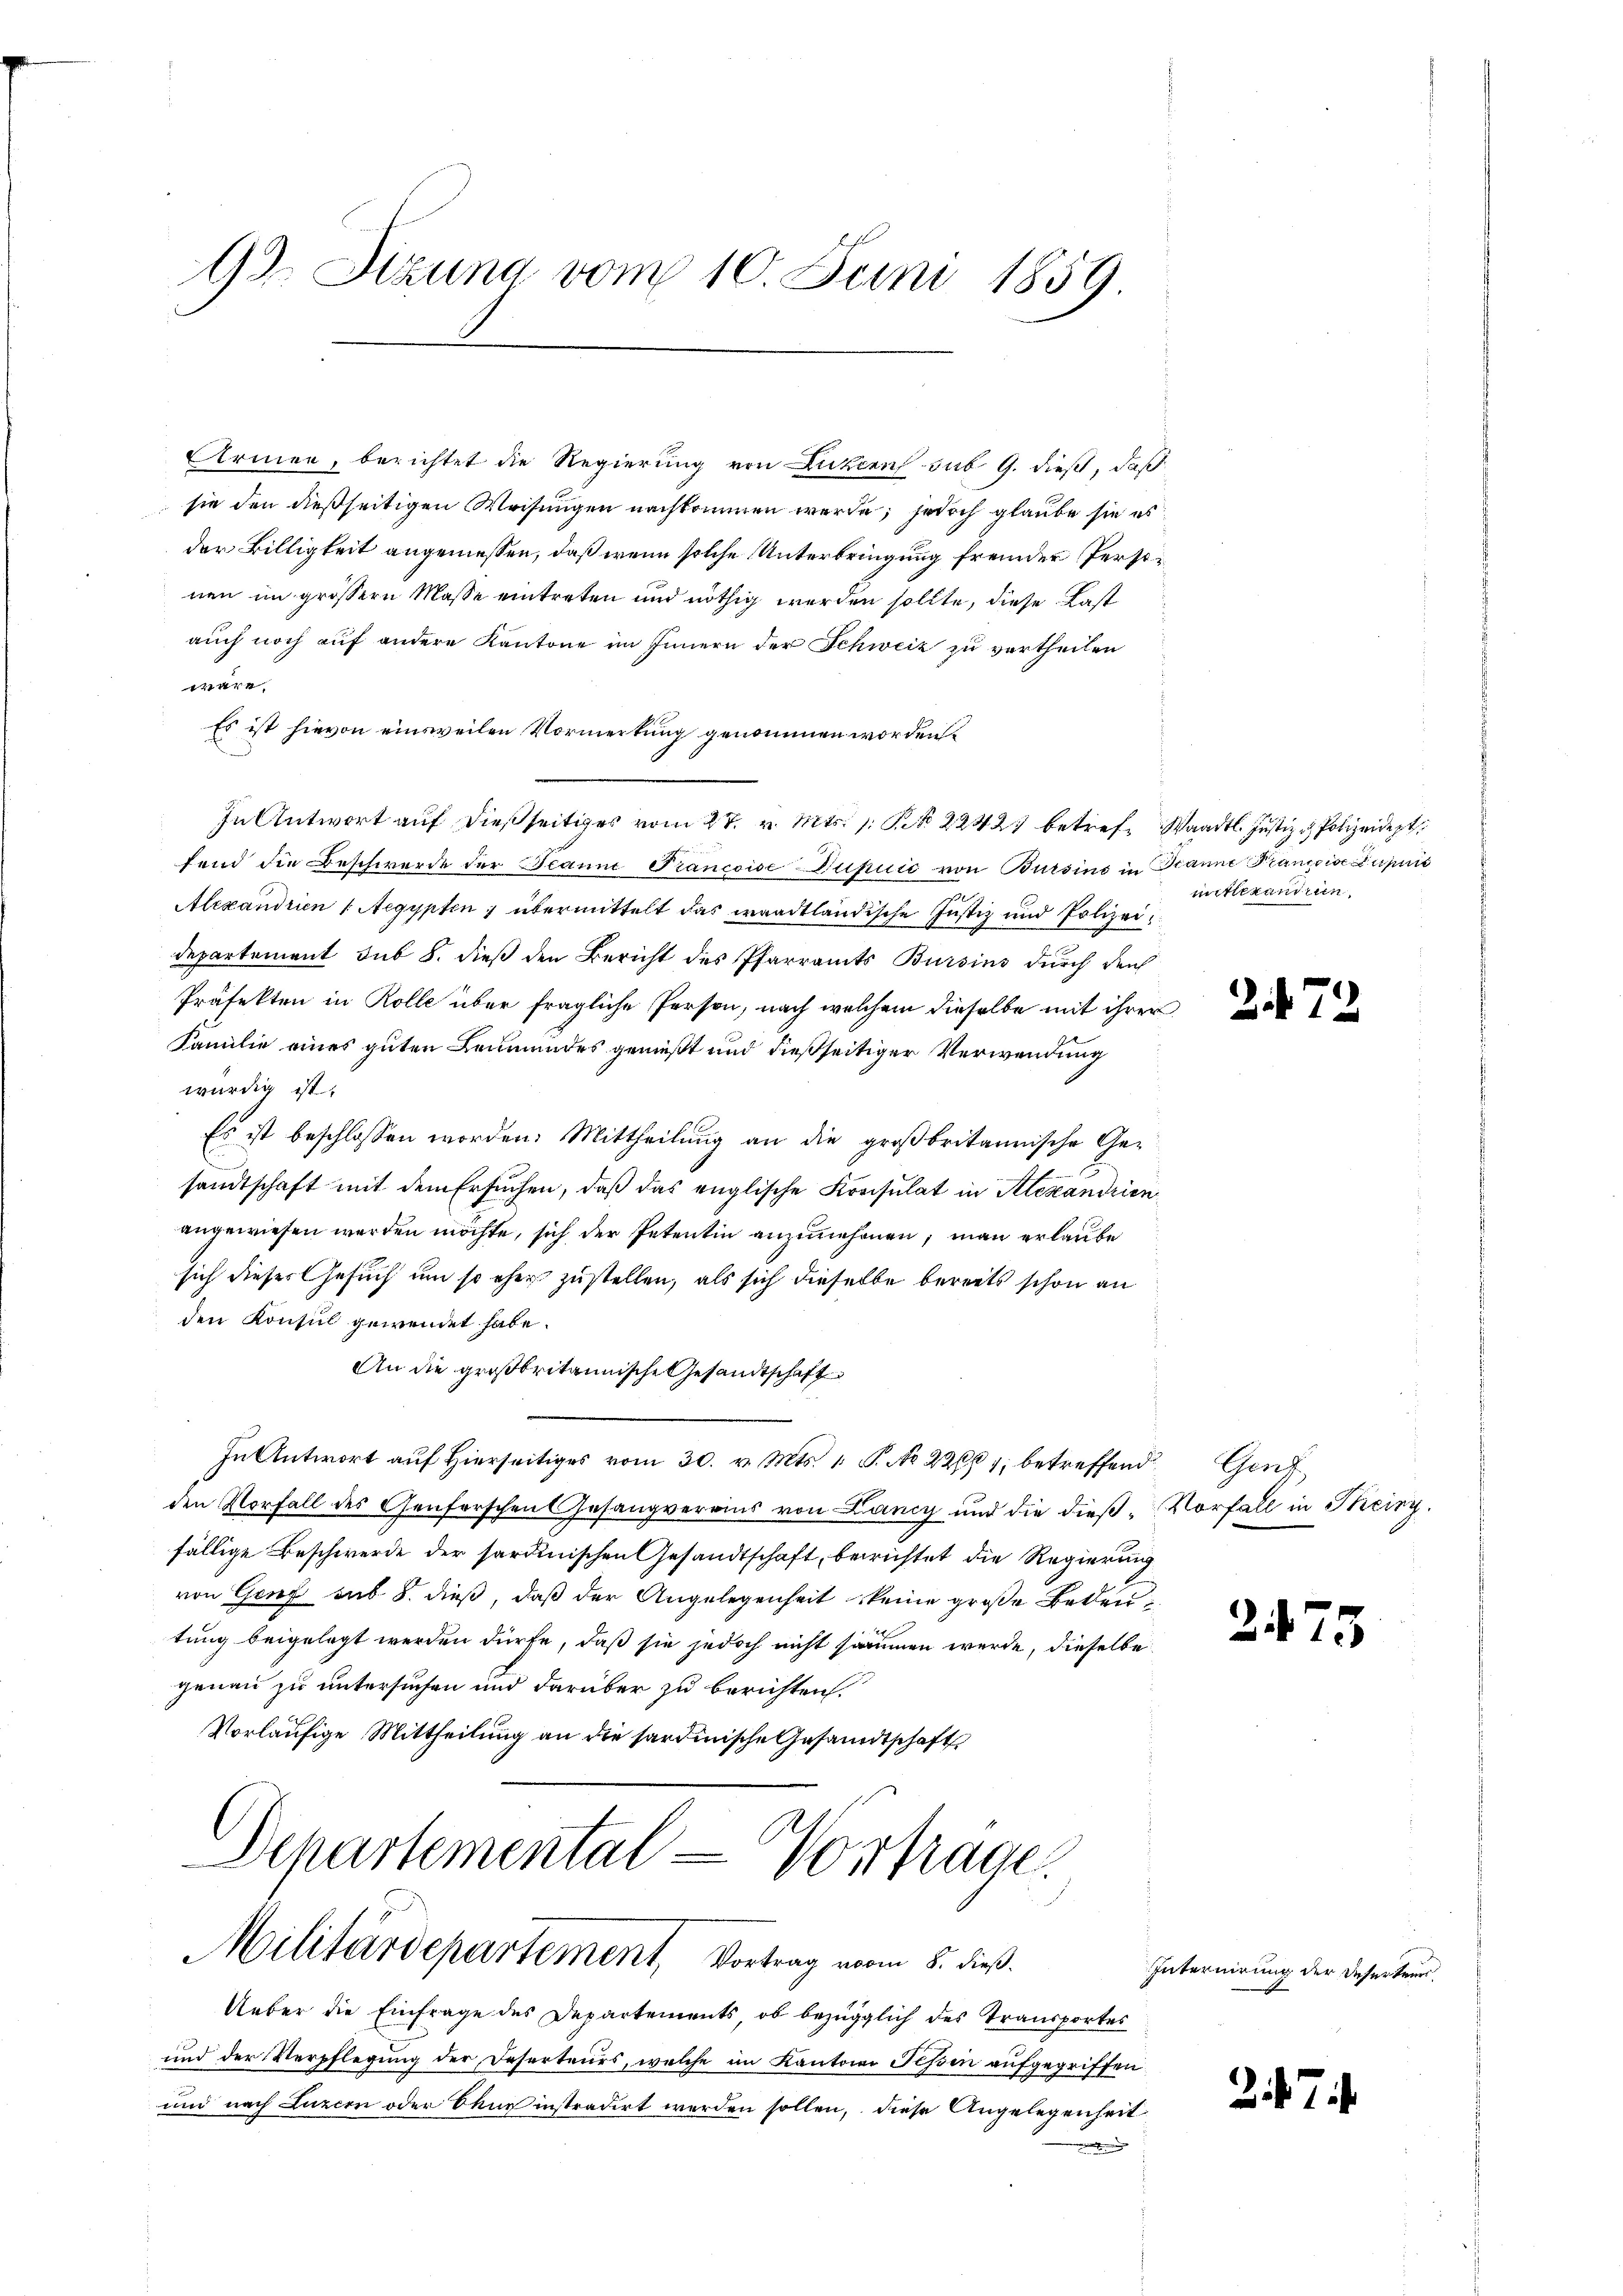
12. Sitzung vom 10. Juni 1859

Armen, berichtet die Regierung von Luzern sub 9. dieß, daß
sie den dießseitigen Weisungen nachkommen werde; jedoch glaube sie es
der Billigkeit angemessen, daß wenn solche Unterbringung fremder Personen im grössern Masse eintreten und nöthig werden sollte, diese Last
auch noch auf andere Kantone im Innern der Schweiz zu vertheilen
wäre.
Es ist hievon einsweilen Vormerkung genommen worden.
In Antwort auf dießseitiges vom 27. v. Mts. 1. Pr. 22427 betref- Waadt. Justiz & Polizeidept
fend die Beschwerde der Jeann Francoise Zusic von Bursins in Branne Prancoise Pupuis
Alexandrien ( Aegypten, übermittelt das waadtländische Justiz und Polizeidepartement sub 8. dieß den Bericht des Pfarramts Bursins durch den
Präfekten in Rolle über fragliche Person, nach welchem dieselbe mit ihrer
Familie eines guten Leumundes gemüßt und dießseitiger Verwendung
würdig ist.
Es ist beschlossen worden. Mittheilung an die großbritannische Ge-
sandtschaft mit dem Ersuchen, daß das englische Konsulat in Alexandrien
angewiesen werden möchte, sich der Petentin anzunehmen, man erlaube
sich dieser Gesuch um so eher zustellen, als sich dieselbe bereits schon an
den Konsul gewendet habe.
An die großbritannische Gesandtschaft
In Antwort auf hierseitiges vom 30. v. Mts. 1. P. No 22681, betreffend Genz
den Vorfall des Genferschen (Gesangvereins von Lang und die dieß-Vorfall in Teiny.
fällige Beschwerde der sardinischen Gesandtschaft, berichtet die Regierung
von Genf sub. 8. dieß, daß der Angelegenheit keine große Bedeutung beigelegt werden dürfe, daß sie jedoch nicht sammen werde, dieselbe
genau zu untersuchen und darüber zu berichten.
Vorläufige Mittheilung an die sardinische Gesandtschaft
Departemental-Vortrage.
Militärdepartement, Vortrag vom 8. dieß.
Ueber die Einfrage des Departements, ob bezüglich des Transportes
und der Verpflegung der Deserteurs, welche im Kantone Fessen aufgegriffen
und nach Luzern oder Chur instradirt werden sollen, diese Angelegenheit
e

mitlexandrien.

2.472

2475

Internirung der Deserteurs.

247